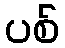
ပစ်